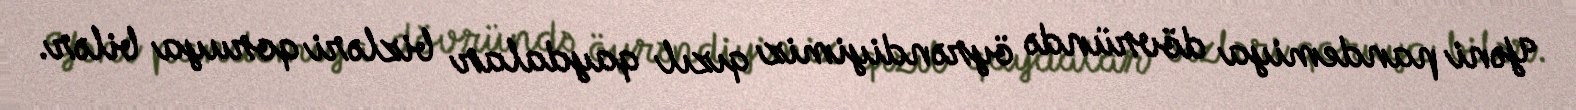
Yəni pandemiya dövründə öyrəndiyimiz qızıl qaydalar bizləri qoruya bilər.